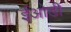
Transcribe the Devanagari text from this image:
ईओडी